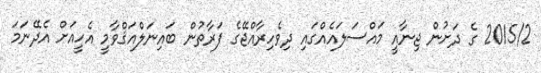
2015/2 ގެ ދަށުން ޖިނާއީ މައްސަލައެއްގައި ދިވެހިރާއްޖޭގެ ފަރާތުން ބައިނަލްއަޤްވާމީ އެހީއަށް އެދޭނަމަ